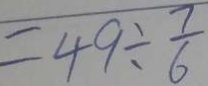
= 4 9 \div \frac { 7 } { 6 }